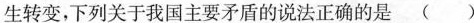
生转变，下列关于我国主要矛盾的说法正确的是 ( )